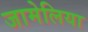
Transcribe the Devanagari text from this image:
जामेलिया